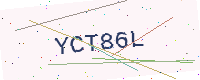
Text: YCT86L